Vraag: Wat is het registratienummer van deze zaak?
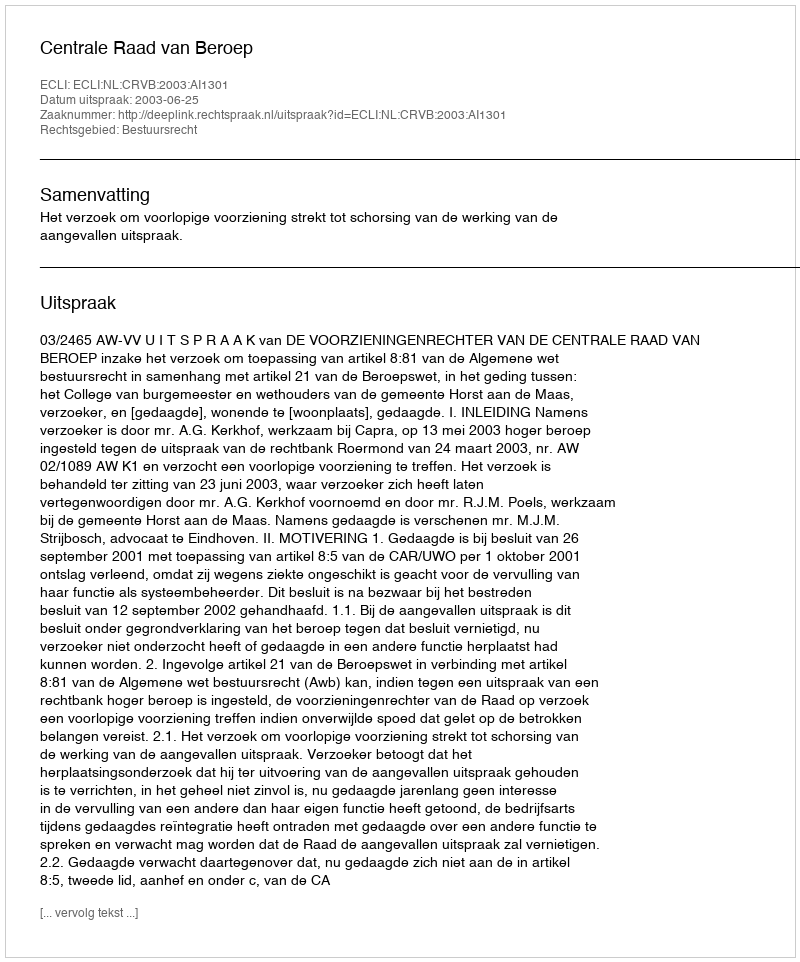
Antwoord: http://deeplink.rechtspraak.nl/uitspraak?id=ECLI:NL:CRVB:2003:AI1301